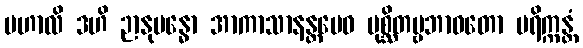
မဟာလိ ဒဟိ ဉာနုဗန္ဓော အာကာသာနန္တမေဝ ပုစ္ဆိတဗ္ဗဘာဝတော ပရိက္ကန္တံ